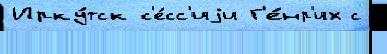
Ирку́тск с'е́сс'иjи Г'е́нр'их с